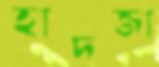
হাদজা